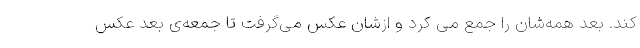
کند. بعد همه‌شان را جمع می کرد و ازشان عکس می‌گرفت تا جمعه‌ی بعد عکس